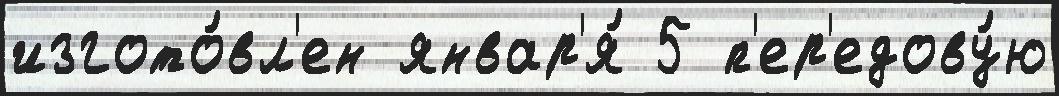
изгото́вл'ен январ'я́ 5 п'ер'едову́ю